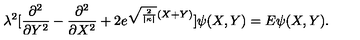
\lambda ^ { 2 } [ \frac { \partial ^ { 2 } } { \partial Y ^ { 2 } } - \frac { \partial ^ { 2 } } { \partial X ^ { 2 } } + 2 e ^ { \sqrt { \frac { 2 } { | \kappa | } } ( X + Y ) } ] \psi ( X , Y ) = E \psi ( X , Y ) .